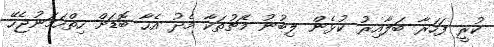
ކުރީ ފަހަރާ ބަލާއިރު ކުޅެން ލިބުނު މެޗުތަކާ މެދު އެހާ ބޮޑަށް ހިތްހަމަނުޖެހޭ